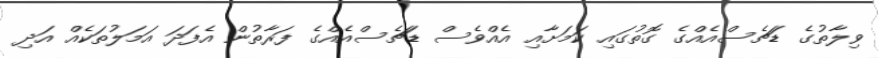
ވިލާތުގެ ޑަޗެސްއެއްގެ ގޮތުގައި ކަމަށާއި އެއްވެސް ޑަޗެސްއެއްގެ ފަރާތުން އެފަދަ އަމަލުތަކެއް އަދި